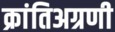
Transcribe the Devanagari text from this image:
क्रांतिअग्रणी